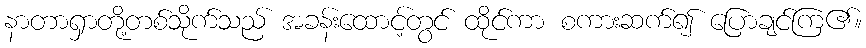
နာတာရှာတို့တစ်သိုက်သည် အခန်းထောင့်တွင် ထိုင်ကာ စကားဆက်၍ ပြောချင်ကြ၏။